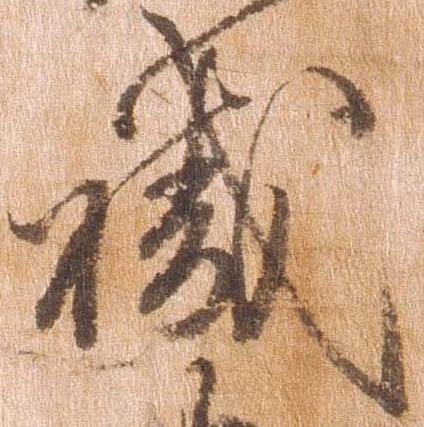
職